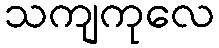
သကျကုလေ